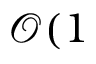
\mathcal { O } ( 1